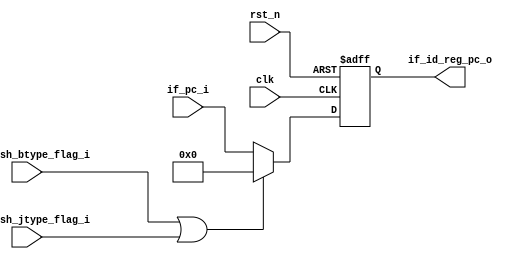
module if_id_reg (
    input   wire                    clk,
    input   wire                    rst_n,
    //from if_stage
    input   wire            [31:0]  if_pc_i,
    //to id_stage
    output  reg             [31:0]  if_id_reg_pc_o,
    //from fc
    input   wire                    fc_flush_btype_flag_i,
    input   wire                    fc_flush_jtype_flag_i
);

    always @(posedge clk or negedge rst_n) begin
        if(rst_n == 1'b0)begin
            if_id_reg_pc_o <= 32'h0;
        end
        else if(fc_flush_btype_flag_i == 1'b1 || fc_flush_jtype_flag_i == 1'b1) begin
            if_id_reg_pc_o <= 32'h0;
        end
        else begin 
            if_id_reg_pc_o <= if_pc_i;
        end
    end



endmodule